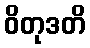
ဝိတုဒတိ